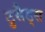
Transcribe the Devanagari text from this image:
टुसैड्स